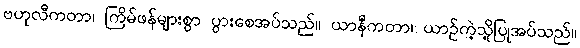
ဗဟုလီကတာ၊ ကြိမ်ဖန်များစွာ ပွားစေအပ်သည်။ ယာနီကတာ၊ ယာဉ်ကဲ့သို့ပြုအပ်သည်။